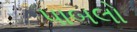
પાબલો